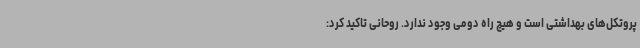
پروتکل‌های بهداشتی است و هیچ راه دومی وجود ندارد. روحانی تاکید کرد: